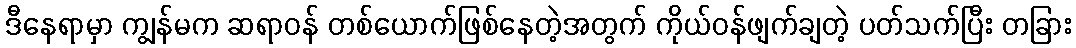
ဒီနေရာမှာ ကျွန်မက ဆရာဝန် တစ်ယောက်ဖြစ်နေတဲ့အတွက် ကိုယ်ဝန်ဖျက်ချတဲ့ ပတ်သက်ပြီး တခြား